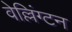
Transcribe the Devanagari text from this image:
वेल्लिंग्टन